Tezpur Lunatic Asylum reports 1877-1894 - 1877-1894
Year: 1877
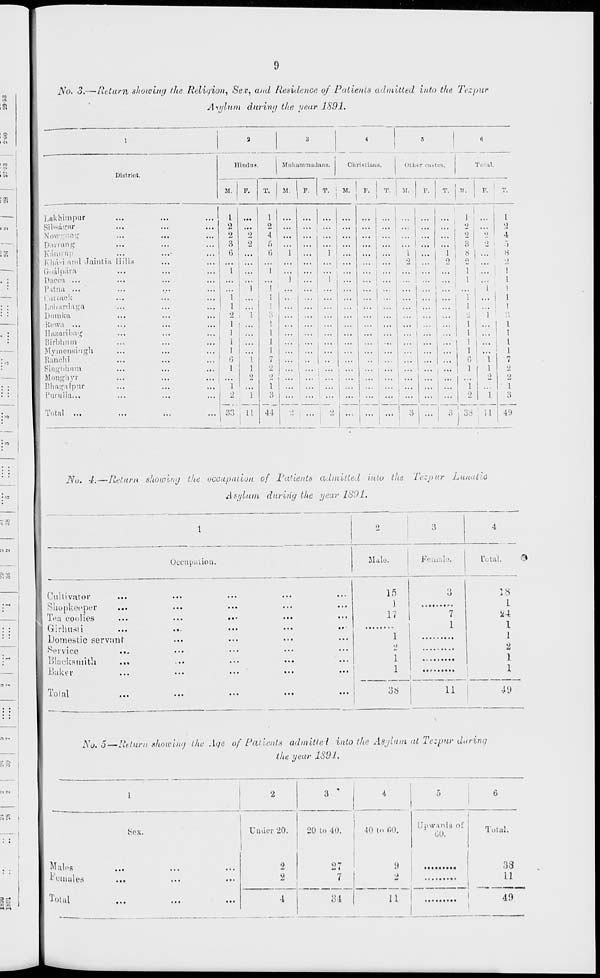
i\'o. 3.—Return showing the Religion, Sev, and Residence of Patients admitted into the Tezpur
Atylnm during the year J.S91.
District.
Lakhimpur
Sibsagar
Now ong
Darning
Iv'min'ip
Klwl-d and Jaintia
Goal para
I):icc:i ...
Prttna ...
Cutrack
fjoliardaga
Dumka
Rewa ...
Hazaribag
Birbhum
Myinenaingh
Ranch!
Singbhnra
Monghyr
Bhagalpur
Purulia...
[ills
Total
Hindu*.
Miiluiniinutliiiis.
Christians,
Other dilates.
T( ' il.
M.
M.
F.
T. I M.
...
2
1 !
...
I
1
1
6
...
1
...
1
1
1
o
1
It
1 I ...
4 1 ...
fi
...
6
1
41
i ! ...
F. I T. ! M.
I
T.
M.
F.
T.
1
o
2
2 j 2
3 ' 2
8 I ...
... ...
...
G "i
... 1 ...
1
i
2
. i "*
1
... ' ...
2
1
...
3 j 33 1 U
I
2
4
j
8
I
1
1
1
I
I
1
7
2
2
T
49
jy Ut 4.^—Return showing the occupation of Patients admitted into the Tezpur Lunate
Asylum during the year 1891,
Cultivator
Shopkeeper
Tea coolies
Girhu.sti
Domestic servant
Service
Blacksmith
Baker
Total
No. 5—Return showing the Age of Patients admittel into the Asjluai at Tezpur daring
the year 1891.
Males
^oumlea
Total
hex.
Under 20,
2
9.
4
5
20 to 40.
°7
7
40 tn (10.
9
2
Upwards of
GO.
Total.
38
11
0 1
11
40